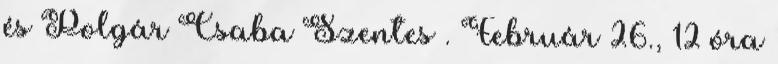
és Polgár Csaba Szentes . Február 26., 12 óra